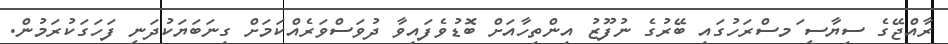
ރާއްޖޭގެ ސިޔާސީ ަމސްރަހުގައި ބޭރުގެ ނުފޫޒު އިންތިހާއަށް ބޮޑުވެފައިވާ ދުވަސްވަރެއްކަމަށް ގިނަބަޔަކުދަނީ ފަހަގަކުރަމުން.